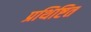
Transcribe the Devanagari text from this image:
प्रथिष्टित